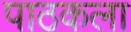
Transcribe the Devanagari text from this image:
पाठकला